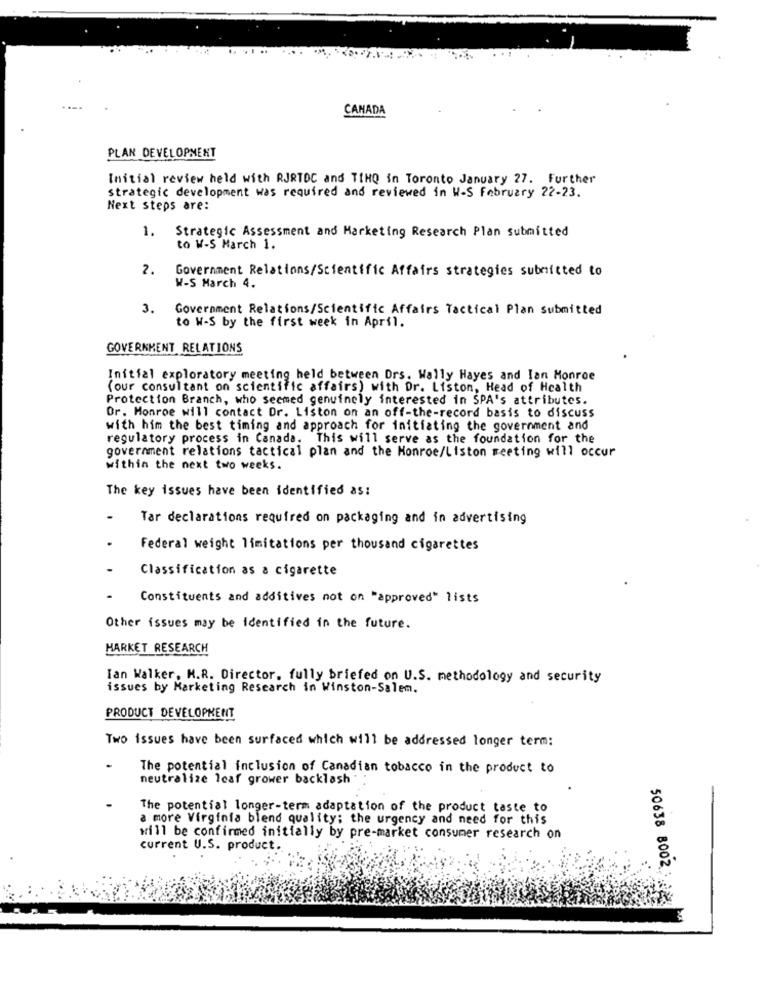
CANADA
PLAN DEVELOPMENT
Initial review held with RJRTDC and TIHQ in Toronto January 27. Further
strategic development was required and reviewed in W-S February 22-23.
Next steps are:
1. Strategic Assessment and Marketing Research Plan submitted
to W-S March 1.
2.
Government Relations/Scientific Affairs strategies submitted to
W-S March 4.
3.
Government Relations/Scientific Affairs Tactical Plan submitted
to W-S by the first week in April.
GOVERNMENT RELATIONS
Initial exploratory meeting held between Drs. Wally Hayes and Ian Monroe
(our consultant on scientific affairs) with Dr. Liston, Head of Health
Protection Branch, who seemed genuinely interested in SPA's attributes.
Or. Monroe will contact Dr. Liston on an off-the-record basis to discuss
with him the best timing and approach for initiating the government and
regulatory process in Canada. This will serve as the foundation for the
government relations tactical plan and the Monroe/Liston meeting will occur
within the next two weeks.
The key issues have been identified as:
Tar declarations required on packaging and in advertising
Federal weight limitations per thousand cigarettes
Classification as a cigarette
Constituents and additives not on "approved" lists
Other issues may be identified in the future.
MARKET RESEARCH
Ian Walker, M.R. Director, fully briefed on U.S. methodology and security
issues by Marketing Research in Winston-Salem.
PRODUCT DEVELOPMENT
Two issues have been surfaced which will be addressed longer term:
The potential inclusion of Canadian tobacco in the product to
neutralize leaf grower backlash '
The potential longer-term adaptation of the product taste to
a more Virginia blend quality; the urgency and need for this
will be confirmed initially by pre-market consumer research on
current U.S. product.
50638 8002: